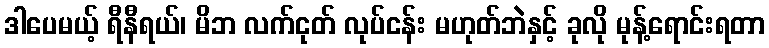
ဒါပေမယ့် ရီနီရယ်၊ မိဘ လက်ငုတ် လုပ်ငန်း မဟုတ်ဘဲနှင့် ခုလို မုန့်ရောင်းရတာ